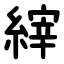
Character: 縡